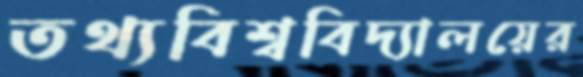
তথ্যবিশ্ববিদ্যালয়ের